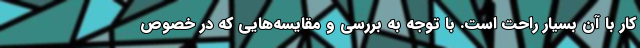
کار با آن بسیار راحت است. با توجه به بررسی و مقایسه‌هایی که در خصوص